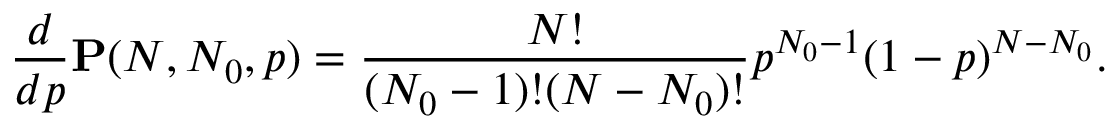
\frac { d } { d p } \mathbf { P } ( N , N _ { 0 } , p ) = \frac { N ! } { ( N _ { 0 } - 1 ) ! ( N - N _ { 0 } ) ! } p ^ { N _ { 0 } - 1 } ( 1 - p ) ^ { N - N _ { 0 } } .